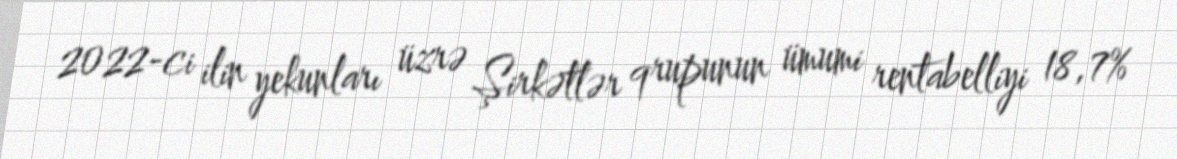
2022-ci ilin yekunları üzrə Şirkətlər qrupunun ümumi rentabelliyi 18,7%